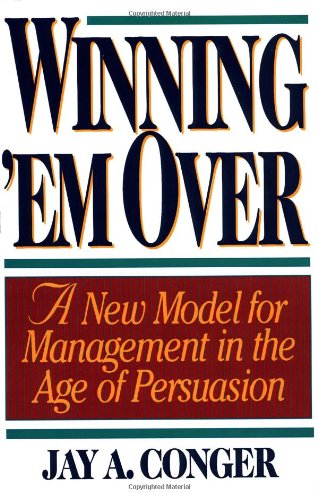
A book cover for Winning Em' Over; Jay A. Conger; Business & Money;